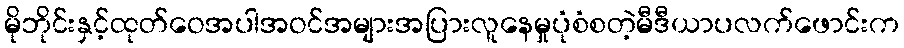
မိုဘိုင်းနှင့်ထုတ်ဝေအပါအဝင်အများအပြားလူနေမှုပုံစံစတဲ့မီဒီယာပလက်ဖောင်းက